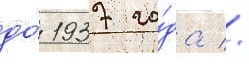
до́ 1937 го́да //